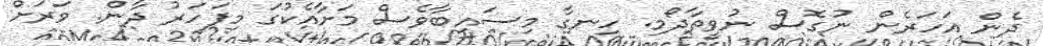
ދެން އަހަރެން ނުގޮސް ނުވީތާދޯމި. ހިނގާ މިސައިބާވެސް މަށާއެކުގަ މިފަހަރު ދާން. ވަރަށް